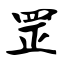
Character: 罡